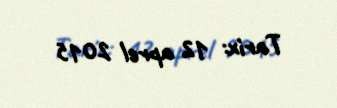
Tarix: 12 aprel 2015